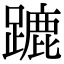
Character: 蹗